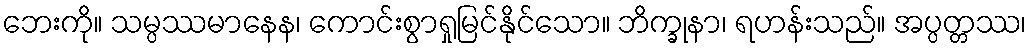
ဘေးကို။ သမ္ပဿမာနေန၊ ကောင်းစွာရှုမြင်နိုင်သော။ ဘိက္ခုနာ၊ ရဟန်းသည်။ အပ္ပတ္တဿ၊